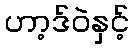
ဟာ့ဒ်ဝဲနှင့်